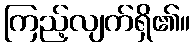
ကြည့်လျက်ရှိ၏။